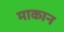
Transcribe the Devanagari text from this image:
माकान